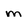
Character: m